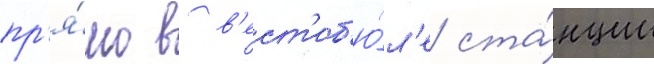
пр'я́мо в в'ест'иб'ю́л'е ста́нции